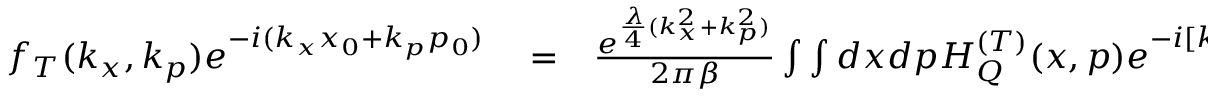
\begin{array} { r l r } { f _ { T } ( k _ { x } , k _ { p } ) e ^ { - i ( k _ { x } x _ { 0 } + k _ { p } p _ { 0 } ) } } & { { } = } & { \frac { e ^ { \frac { \lambda } { 4 } ( k _ { x } ^ { 2 } + k _ { p } ^ { 2 } ) } } { 2 \pi \beta } \int \int d x d p H _ { Q } ^ { ( T ) } ( x , p ) e ^ { - i [ k _ { x } ( x + x _ { 0 } ) + k _ { p } ( p + p _ { 0 } ) } } \end{array}